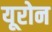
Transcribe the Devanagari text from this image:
यूरोन